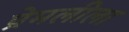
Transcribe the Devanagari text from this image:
प्रेमलीला